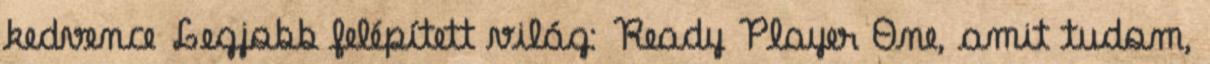
kedvence Legjobb felépített világ: Ready Player One, amit tudom,